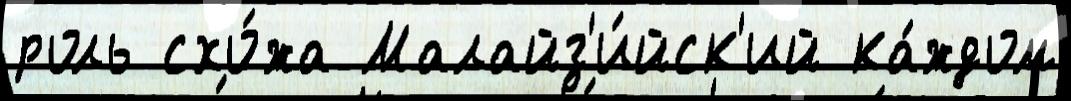
роль схо́жа Малайз'и́йск'ий ка́ждом